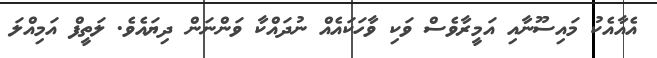
އެއާއެކު މައިސޫނާއި އަމީރާވެސް ވަކި ވާހަކައެއް ނުދައްކާ ވަންނަން ދިޔައެވެ. ލަތީފް އަމިއްލަ